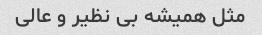
مثل همیشه بی نظیر و عالی